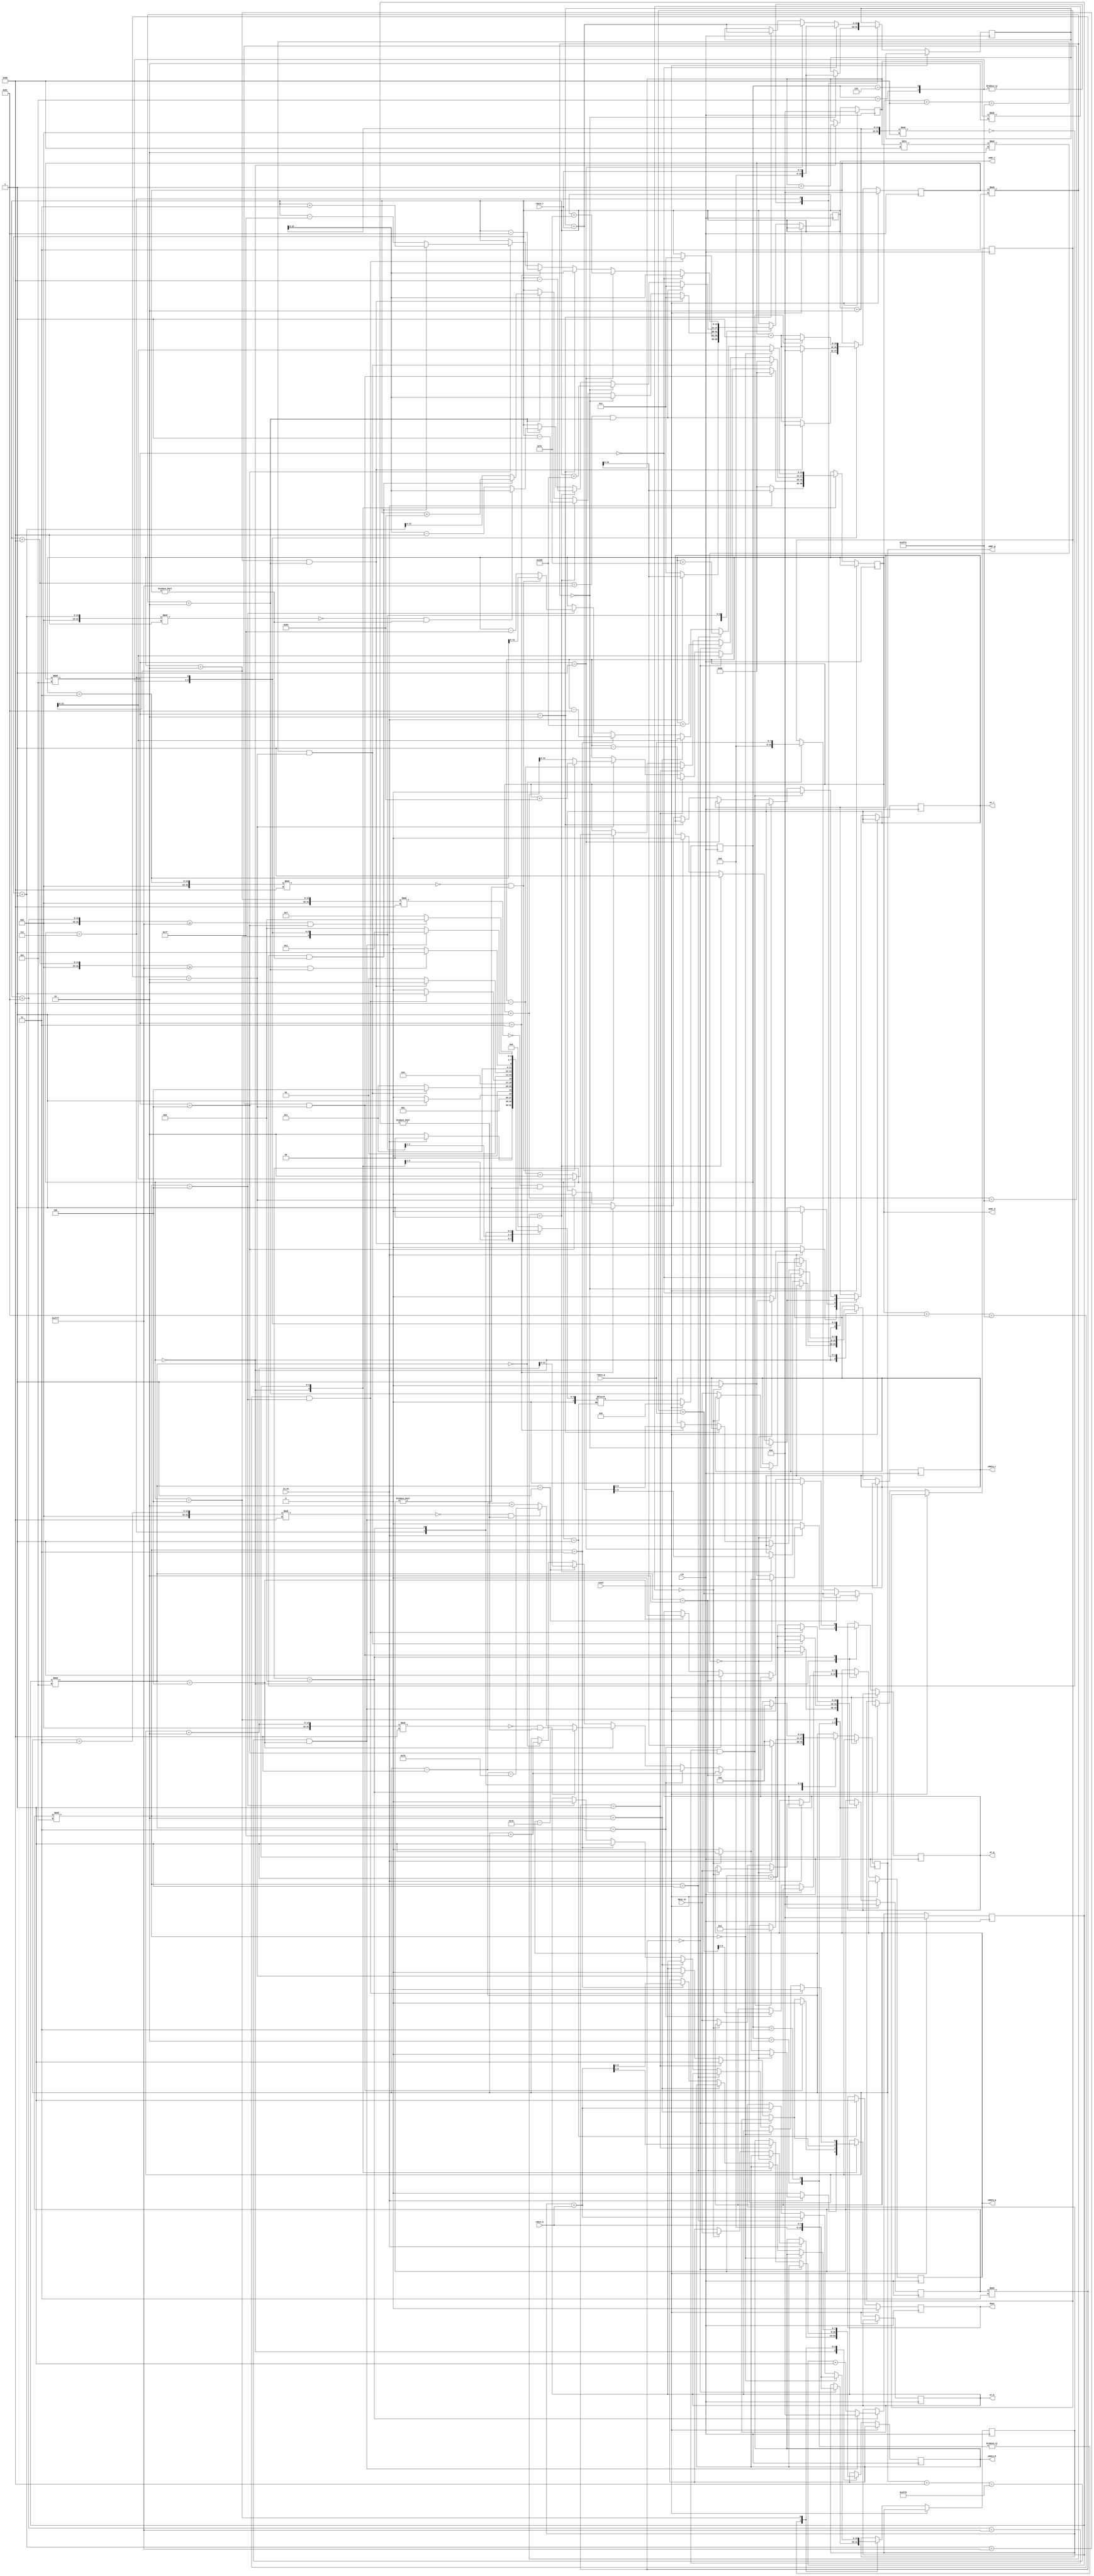
module demosaic(
input clk,
input reset,
input in_en,
input [7:0] data_in,
output reg wr_r,
output reg [13:0] addr_r,
output reg[7:0] wdata_r,
input [7:0] rdata_r,
output reg wr_g,
output reg [13:0] addr_g,
output reg [7:0] wdata_g,
input [7:0] rdata_g,
output reg wr_b,
output reg [13:0] addr_b,
output reg [7:0] wdata_b,
input [7:0] rdata_b,
output reg done
);

reg [4:0] state,nextstate;
reg [15:0] cnt;
reg [15:0] blue_data,red_data,green_data;
reg [15:0] cnt_b,cnt_r,cnt_g;
//state
localparam Start = 0;
localparam Stop = 1;
localparam Blue_write1 = 2;
localparam Blue_write2 = 3;
localparam Blue_write3 = 4;
localparam Red_write1 = 5;
localparam Red_write2 = 6;
localparam Red_write3 = 7;
localparam Green_write1 = 8;
localparam Green_write2 = 9;
localparam Check1 = 10;
localparam Check2 = 11;
always @(*) begin
    case(state)
        Start:begin
            if(in_en)
                nextstate = Start;
            else
                nextstate = Blue_write1;
        end

        Blue_write1:begin
            if(addr_b+1==16382&&cnt_b%3==2)
                nextstate = Blue_write2;
            else 
                nextstate = Blue_write1;
        end
        Blue_write2:begin
            if(addr_b+128==16382&&cnt_b%3==2)
                nextstate = Blue_write3;
            else
                nextstate = Blue_write2;
        end
        Blue_write3:begin
            //if(addr_b>= 650)
            if(addr_b+129==16382&&cnt_b%5==4)
                nextstate = Red_write1;
            else
                nextstate = Blue_write3;
        end
        //ok
        Red_write1:begin
            //if(addr_r>=500)
            if(addr_r+1==16255&&cnt_r%3==2)
                nextstate = Red_write2;
            else
                nextstate = Red_write1;
        end
        Red_write2:begin
            //if(addr_r>=700)
            if(addr_r+128>=16255&&cnt_r%3==2)
                nextstate = Red_write3;
            else
                nextstate = Red_write2;
        end
        Red_write3:begin
            //if(addr_r>=600)
            if(addr_r+129>=16255&&cnt_r%5==4)
                nextstate = Green_write1;
            else
                nextstate = Red_write3;
        end
        Green_write1:begin
            //if(addr_g>=16381) 
            if(addr_g+128==16381&&cnt_g%5==4)
                nextstate = Stop;
            else
                nextstate = Green_write1;
        end
        Stop:begin
        
        end

		default:begin
            nextstate = Start;
		end
    endcase
end

always @(posedge clk ) begin
    if(reset)
        state <= Start;
    else
        state <= nextstate;
end

always @(posedge clk) begin
    if(reset)begin
        cnt <= 0;
        cnt_b <= 0;
        cnt_r <= 0;
        cnt_g <= 0;
        done <= 0;
    end
    else begin
        case(state)
            Start:begin
                if(in_en) begin
                    addr_r <= cnt;
                    addr_g <= cnt;
                    addr_b <= cnt;

                    //
                    if((cnt/128)%2==0) begin
                        //
                        if(cnt%2==0) begin
                            wr_r <= 0;
                            wr_g <= 1;
                            wr_b <= 0;
                            wdata_g <= data_in;
                            //$display("cnt",cnt);
                            //$display("data_in %h",data_in);
                        end
                        //
                        else begin
                            wr_r <= 1;
                            wr_g <= 0;
                            wr_b <= 0;
                            wdata_r <= data_in;
                            //$display("cnt",cnt);
                            //$display("data_in %h",data_in);
                        end
                    end
                    //
                    else begin
                        //
                        if(cnt%2==0) begin
                            wr_r <= 0;
                            wr_g <= 0;
                            wr_b <= 1;
                            wdata_b <= data_in;
                            //$display("cnt",cnt);
                            //$display("data_in %h",data_in);
                        end
                        //
                        else begin
                            wr_r <= 0;
                            wr_g <= 1;
                            wr_b <= 0;
                            wdata_g <= data_in;
                            //$display("cnt",cnt);
                            //$display("data_in %h",data_in);
                        end
                    end
                end
                else begin
                    wr_r <= 0;
                    wr_g <= 0;
                    wr_b <= 0;
                    addr_b <= 128;
                    addr_r <= 1;
                    addr_g <= 0;
                end
                cnt <= cnt+1;
            end

            Blue_write1: begin
                //blue
                if(cnt_b%3==0) begin
                    //
                    blue_data <= rdata_b;
                    addr_b <= addr_b+2;
                    //$display("n1_adr ",addr_b); 
                    //$display("n1 ",rdata_b);
                end
                else if(cnt_b%3==1) begin
                    //
                    wr_b <= 1;
                    wdata_b <= (blue_data+rdata_b)>>1;
                    addr_b <= addr_b-1;
                    //$display("n2_adr ",addr_b);
                    
                    //$display("n2 ",rdata_b);
                
                   
                end
                else if(cnt_b%3==2) begin
                    //
                    wr_b <= 0;

                    if((addr_b+3) % 128 == 0 && cnt_b != 0)//253 381
                        addr_b <= addr_b+131;//252 254
                    else
                        addr_b <= addr_b+1;
                    //$display("addr_b ",addr_b);
                    //$display("n1+n2 =  ",wdata_b);
                    
                end
                //$display("cnt_b ",cnt_b);

                //cnt_b <= cnt_b +1;
                if(addr_b+1==16382&&cnt_b%3==2) begin
                    cnt_b <= 0;
                    addr_b <=128;
                    wr_b <= 0;
                end
                else
                    cnt_b <= cnt_b +1;
            end
            Blue_write2: begin
                //blue
                if(cnt_b%3==0) begin
                    //
                    blue_data <= rdata_b;
                    addr_b <= addr_b+256;
                    //$display("n1_adr ",addr_b); 
                    //$display("n1 ",rdata_b);
                end
                else if(cnt_b%3==1) begin
                    //
                    wr_b <= 1;
                    wdata_b <= (blue_data+rdata_b)>>1;
                    addr_b <= addr_b-128;
                    //$display("n2_adr ",addr_b);
                    
                    //$display("n2 ",rdata_b);
                
                   
                end
                else if(cnt_b%3==2) begin
                    //
                    wr_b <= 0;
                    //
                    if((addr_b+2) % 128 == 0 && cnt_b != 0)//253 381
                        addr_b <= addr_b+2;//252 254
                    else
                        addr_b <= addr_b-128+2;
                    //$display("addr_b ",addr_b);
                    //$display("n1+n2 =  ",wdata_b);
                    
                end
                //$display("cnt_b ",cnt_b);
                // 16382
                if(addr_b+128==16382&&cnt_b%3==2) begin
                    cnt_b <= 0;
                    addr_b <=128;
                end
                else
                    cnt_b <= cnt_b +1;
            end
            Blue_write3: begin
                //red
                if(cnt_b%5==0) begin
                    //
                    blue_data <= rdata_b;
                    addr_b <= addr_b+2;
                    //$display("n1_adr ",addr_b);
                    //$display("n1 ",rdata_b);
                end
                else if(cnt_b%5==1) begin
                    blue_data <= blue_data+rdata_b;
                    addr_b <= addr_b+254;
                    //$display("n2_adr ",addr_b);
                    
                    //$display("n2 ",rdata_b);
                end
                else if(cnt_b%5==2) begin
                    blue_data <= blue_data+rdata_b;
                    addr_b <= addr_b+2;
                    //$display("n3_adr ",addr_b);
                    
                    //$display("n2 ",rdata_b);
                end
                else if(cnt_b%5==3) begin
                    //
                    wr_b <= 1;
                    wdata_b <= (blue_data+rdata_b)>>2;
                    addr_b <= addr_b-129;
                    //$display("n4_adr ",addr_b);
                    
                    //$display("n2 ",rdata_b);
                end               
                else if(cnt_b%5==4) begin
                    //
                    wr_b <= 0;
                    //???????????????????
                    if((addr_b+3) % 128 == 0 && cnt_b != 0)//253 381
                        addr_b <= addr_b+3;//252 254
                    else
                        addr_b <= addr_b-127;//
                    //$display("addr_b ",addr_b);
                    //$display("ans=  ",wdata_b);
                    
                end
                //$display("cnt_b ",cnt_b);

                //16254
                if(addr_b+129==16382&&cnt_b%5==4) begin
                    cnt_b <= 0;
                    wr_b <= 0;
                    addr_r <= 1;
                end
                else
                    cnt_b <= cnt_b +1;
            end
            Red_write1: begin
                //red
                if(cnt_r%3==0) begin
                    //
                    red_data <= rdata_r;
                    addr_r <= addr_r+2;
                    //$display("n1_adr ",addr_r); 
                    //$display("n1 %h",rdata_r);
                end
                else if(cnt_r%3==1) begin
                    //
                    wr_r <= 1;
                    wdata_r <= (red_data+rdata_r)>>1;
                    addr_r <= addr_r-1;
                    //$display("n2_adr ",addr_r);             
                    //$display("n2 %h",rdata_r);
                
                   
                end
                else if(cnt_r%3==2) begin
                    //
                    wr_r <= 0;

                    if((addr_r+2) % 128 == 0 && cnt_r != 0)//126
                        addr_r <= addr_r+131;
                    else
                        addr_r <= addr_r+1;

                    //$display("n1+n2 =  ",wdata_r);
                    //$display("addr_r ",addr_r);
                end
                //$display("cnt_r ",cnt_r);
                
                if(addr_r+1==16255&&cnt_r%3==2) begin
                    cnt_r <= 0;
                    addr_r <=1;
                    wr_r <= 0;
                end
                else
                    cnt_r <= cnt_r +1;

            end
            Red_write2: begin
                //blue
                if(cnt_r%3==0) begin
                    //
                    red_data <= rdata_r;
                    addr_r <= addr_r+256;
                    //$display("n1_adr ",addr_r); 
                    //$display("n1 ",rdata_b);
                end
                else if(cnt_r%3==1) begin
                    //
                    wr_r <= 1;
                    wdata_r <= (red_data+rdata_r)>>1;
                    addr_r <= addr_r-128;
                    //$display("n2_adr ",addr_r);
                    
                    //$display("n2 ",rdata_b);
                
                   
                end
                else if(cnt_r%3==2) begin
                    //
                    wr_r <= 0;
                    //
                    if((addr_r+1) % 128 == 0 && cnt_r != 0)//253 381
                        addr_r <= addr_r+2;//127
                    else
                        addr_r <= addr_r+2-128;//

                    //$display("n1+n2 =  ",wdata_b);
                    //$display("addr_r ",addr_r);
                end
                //$display("cnt_b ",cnt_b);
                // 16255
                if(addr_r+128==16255&&cnt_r%3==2) begin
                    cnt_r <= 0;
                    addr_r <=1;
                end
                else
                    cnt_r <= cnt_r +1;
            end
            Red_write3: begin
                //red
                if(cnt_r%5==0) begin
                    //
                    red_data <= rdata_r;
                    addr_r <= addr_r+2;
                    //$display("n1_adr ",addr_r);
                    //$display("n1 ",rdata_b);
                end
                else if(cnt_r%5==1) begin
                    //
                    red_data <= red_data+rdata_r;
                    addr_r <= addr_r+254;
                    //$display("n2_adr ",addr_r);
                    
                    //$display("n2 ",rdata_b);
                end
                else if(cnt_r%5==2) begin
                    //
                    red_data <= red_data+rdata_r;
                    addr_r <= addr_r+2;
                    //$display("n3_adr ",addr_r);
                    
                    //$display("n2 ",rdata_b);
                end
                else if(cnt_r%5==3) begin
                    //
                    wr_r <= 1;
                    wdata_r <= (red_data+rdata_r)>>2;
                    addr_r <= addr_r-129;
                    //$display("n4_adr ",addr_r);
                    
                    //$display("n2 ",rdata_b);
                end               
                else if(cnt_r%5==4) begin
                    //
                    wr_r <= 0;

                    if((addr_r+2) % 128 == 0 && cnt_r != 0)//253 381
                        addr_r <= addr_r+3;
                    else
                        addr_r <= addr_r-127;

                    //$display("ans=  ",wdata_r);
                    //$display("addr_r ",addr_r);
                end
                //$display("cnt_b ",cnt_b);

                //16254
                if(addr_r+129==16255&&cnt_r%5==4) begin
                    cnt_r <= 0;
                    wr_r <= 0;
                    addr_g = 2;
                end
                else
                    cnt_r <= cnt_r +1;
            end
            Green_write1: begin
                //blue
                if(cnt_g%5==0) begin
                    //
                    green_data <= rdata_g;
                    addr_g <= addr_g+127;
                    //$display("1 ",addr_g); 
                    //$display("n1 ",rdata_g);
                end
                if(cnt_g%5==1) begin
                    //
                    green_data <= green_data + rdata_g;
                    addr_g <= addr_g+2;
                   //$display("2 ",addr_g); 
                    //$display("n1 ",rdata_g);
                end
               if(cnt_g%5==2) begin
                    //
                    green_data <= green_data + rdata_g;
                    addr_g <= addr_g+127;
                    //$display("3 ",addr_g); 
                    //$display("n1 ",rdata_g);
                end
                else if(cnt_g%5==3) begin
                    //
                    wr_g <= 1;
                    wdata_g <= (green_data+rdata_g)>>2;
                    addr_g <= addr_g-128;
                    //$display("4 ",addr_g);
                    
                    //$display("n2 ",rdata_g);
                
                   
                end
                else if(cnt_g%5==4) begin
                    //
                    wr_g <= 0;
                    //addr_gaddr
                    if((addr_g+2) % 128 == 0 && cnt_g != 0)//253 381
                        addr_g <= addr_g-125;//252 254
                    else if((addr_g+3) % 128 == 0 && cnt_g != 0)
                        addr_g <= addr_g-123;
                    else
                        addr_g <= addr_g-128+2;

                    //$display("n1+n2 =  ",wdata_g);
                    //$display("ok ",addr_g);
                end
                //$display("cnt_b ",cnt_b);

                //cnt_b <= cnt_b +1;
                if(addr_g+128==16381&&cnt_g%5==4)  begin
                    cnt_g <= 0;
                    addr_g <= 0;
                    wr_g <=0;
                end
                else
                    cnt_g <= cnt_g +1;
            end
 
            Stop: begin
                //$display("addr_b",addr_b);
                //$display("wdata_b",wdata_b);
                done <= 1;
            end
            default: begin
                
            end



        endcase


    end
end




endmodule